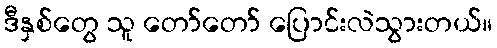
ဒီနှစ်တွေ သူ တော်တော် ပြောင်းလဲသွားတယ်။